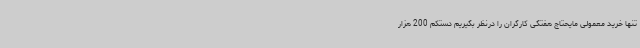
تنها خرید معمولی مایحتاج هفتگی کارگران را درنظر بگیریم دستکم 200 هزار